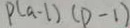
P ( a - 1 ) ( P - 1 )